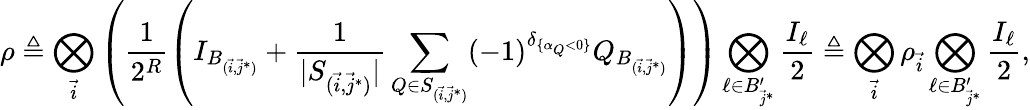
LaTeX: \rho\triangleq\bigotimes_{\vec{i}}\left(\frac{1}{2^{R}}\left(I_{B_{(\vec{i},\vec{j}^{*})}}+\frac{1}{|S_{(\vec{i},\vec{j}^{*})}|}\sum_{Q\in S_{(\vec{i},\vec{j}^{*})}}(-1)^{\delta_{\{ \alpha_{Q}<0\} }}Q_{B_{(\vec{i},\vec{j}^{*})}}\right)\right)\bigotimes_{\ell\in B_{\vec{j}^{*}}^{\prime}}\frac{I_{\ell}}{2}\triangleq\bigotimes_{\vec{i}}\rho_{\vec{i}}\bigotimes_{\ell\in B_{\vec{j}^{*}}^{\prime}}\frac{I_{\ell}}{2},